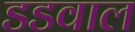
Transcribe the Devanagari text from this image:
डडवाल